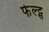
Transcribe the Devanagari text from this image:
फेल्ट्स